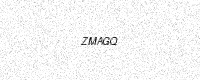
Text: ZMAGQ